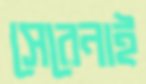
সেরেনাই